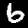
Digit: 6